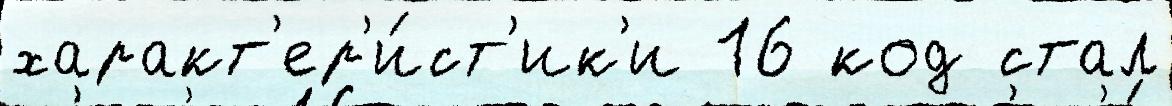
характ'ер'и́ст'ик'и 16 код стал